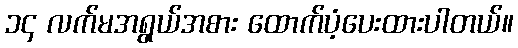
၁၄ လက်မအရွယ်အစား ထောက်ပံ့ပေးထားပါတယ်။